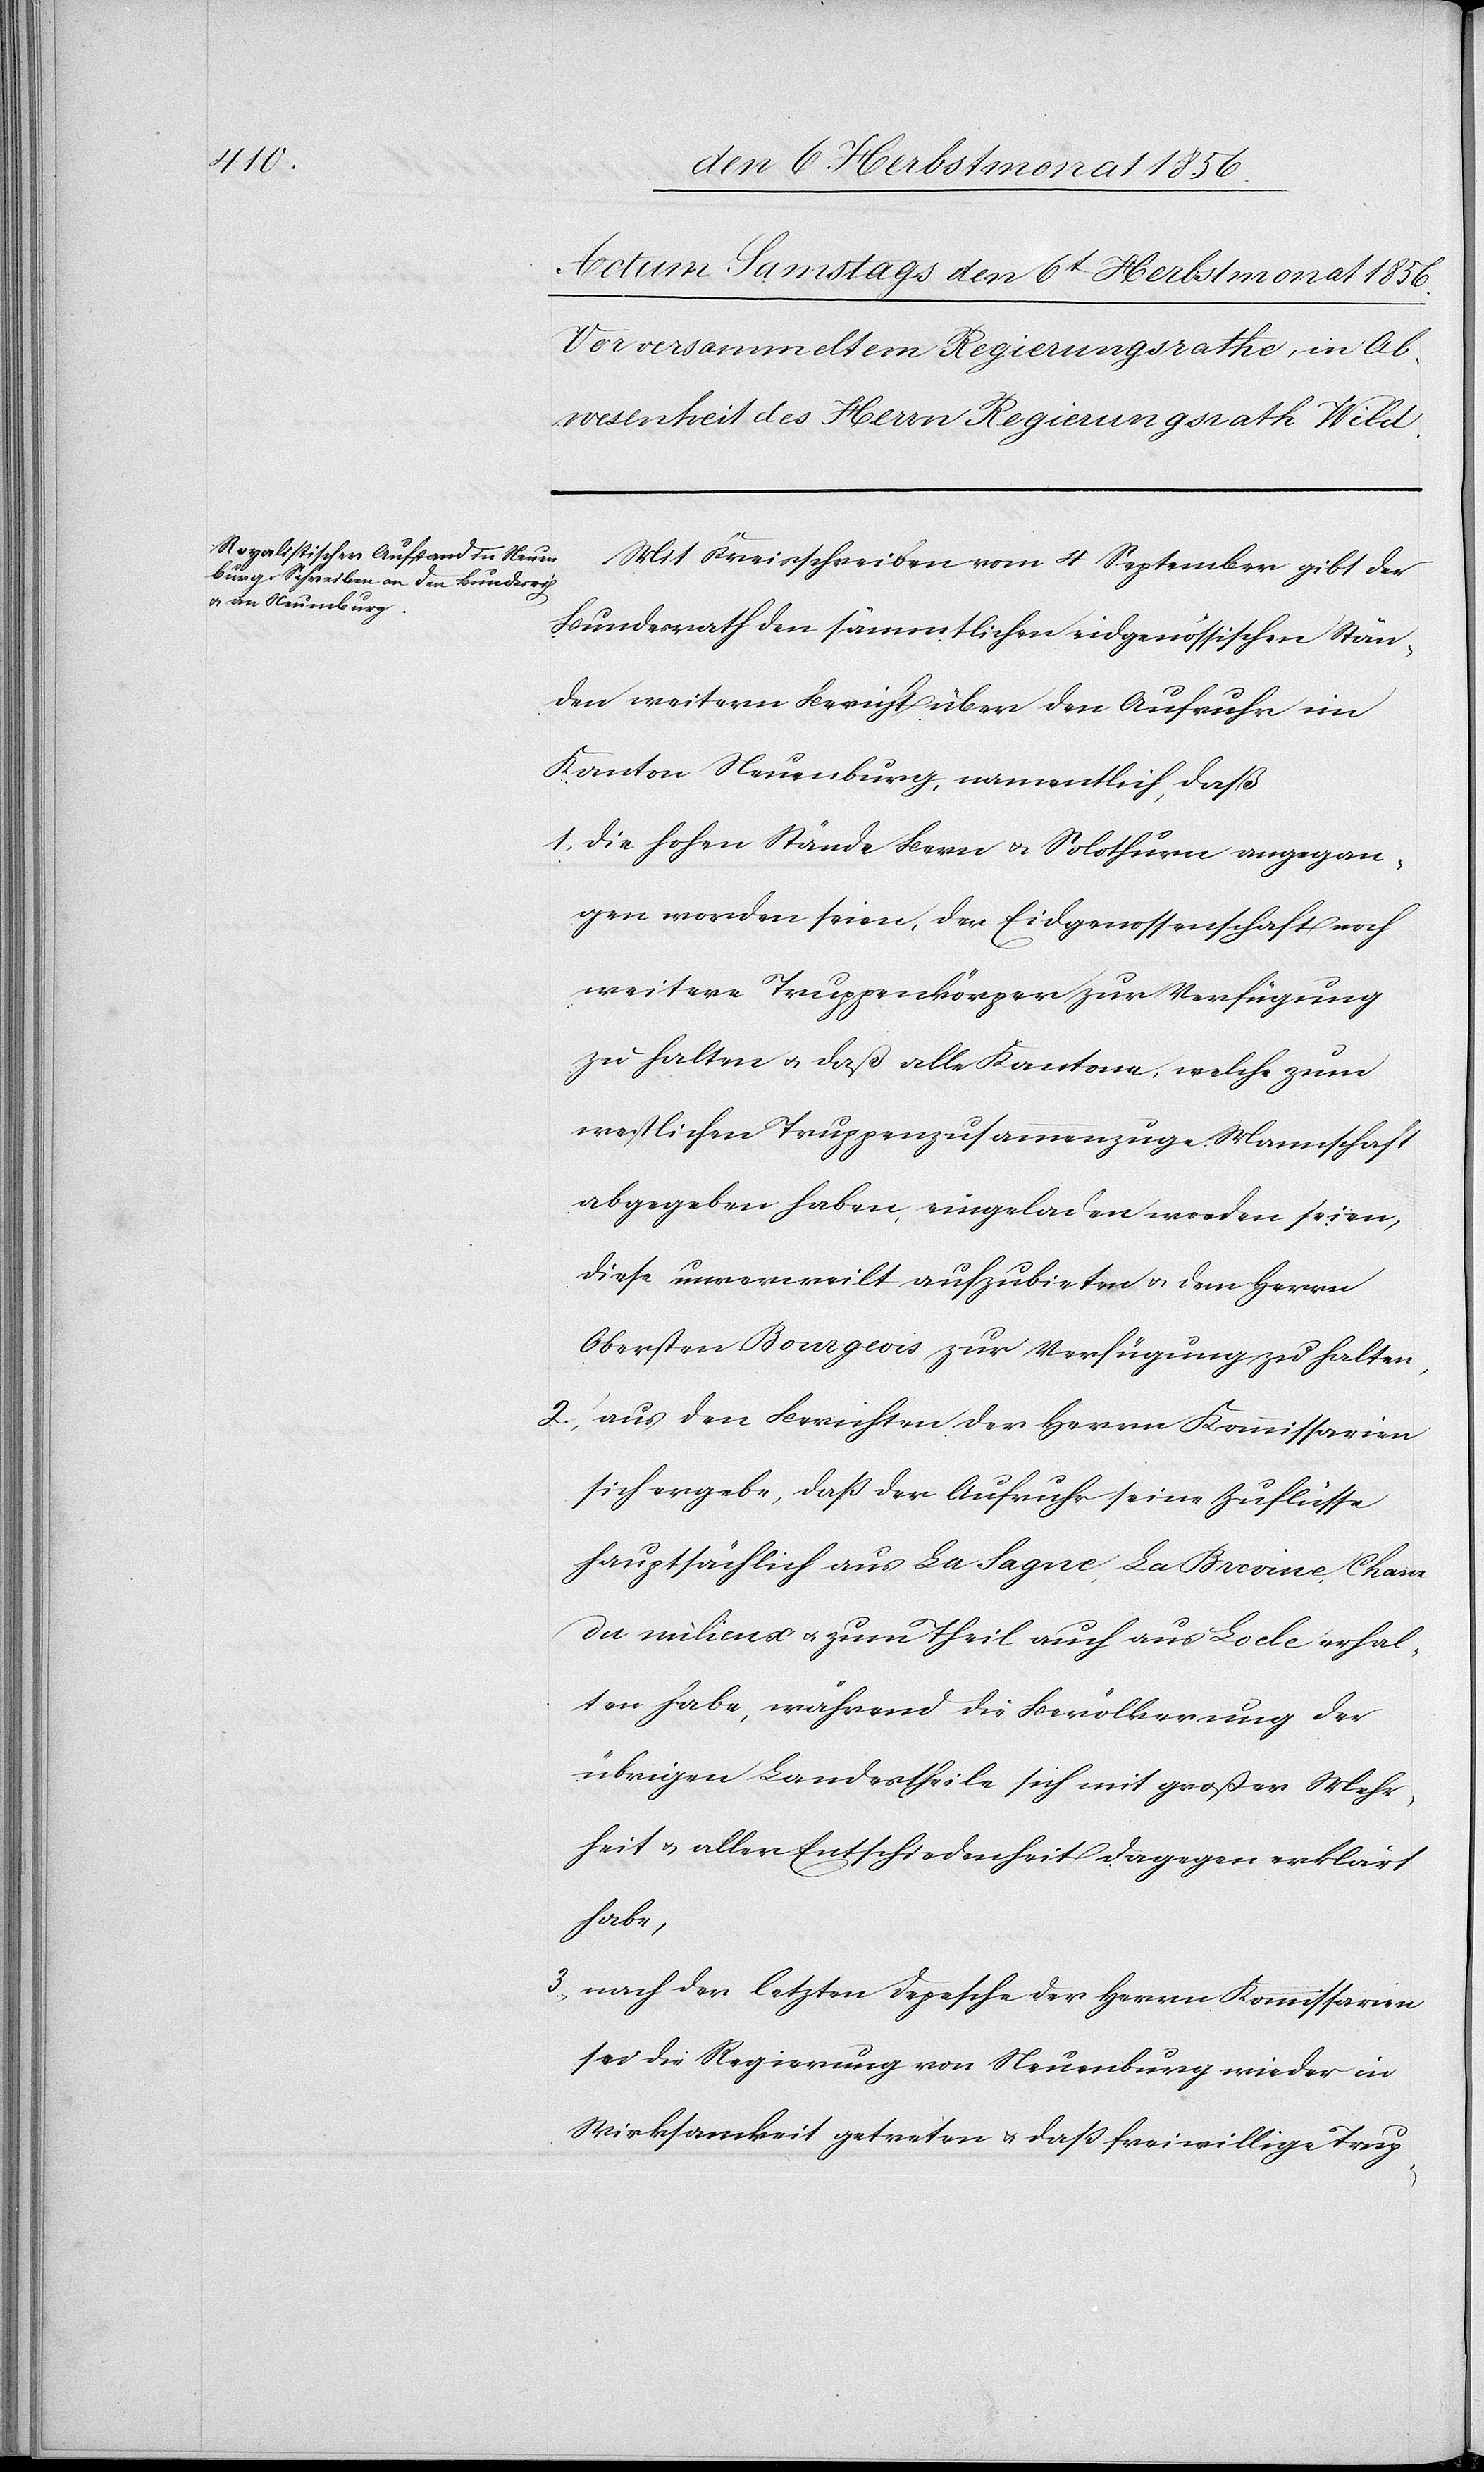
Mit Kreisschreiben vom 4 September gibt der
Bundesrath den sämmtlichen eidgenössischen Stän¬
den weitern Bericht über den Aufruhr im
Kanton Neuenburg, namentlich, daß
1.) die hohen Stände Bern u. Solothurn angegan¬
gen worden seien, der Eidgenossenschaft noch
weitere Truppenkörper zur Verfügung
zu halten u. daß alle Kantone, welche zum
westlichen Truppenzusammenzuge Mannschaft
abgegeben haben, eingeladen worden seien,
diese unverweilt aufzubieten u. dem Herrn
Obersten Bourgeois zur Verfügung zu halten,
2.) aus den Berichten der Herrn Kommissarien
sich ergebe, dass der Aufruhr seine Zuflüsse
hauptsächlich aus La Sagne, La Brevine, Chaux
du milieux u. zum Theil auch aus Locle erhal¬
ten habe, während die Bevölkerung der
übrigen Landestheile sich mit großer Mehr¬
heit u. aller Entschiedenheit dagegen erklärt
habe,
3.) nach der letzten Depesche der Herrn Kommissarien
sei die Regierung von Neuenburg wieder in
Wirksamkeit getreten u. dass freiwillige Trup-